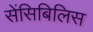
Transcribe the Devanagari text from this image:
सेंसिबिलिस